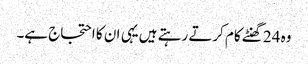
وہ 24 گھنٹے کام کرتے رہتے ہیں یہی ان کا احتجاج ہے۔